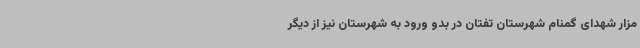
مزار شهدای گمنام شهرستان تفتان در بدو ورود به شهرستان نیز از دیگر